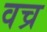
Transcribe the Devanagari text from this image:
वच्र